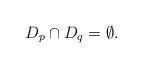
LaTeX: \begin{align*}D_p \cap D_q = \emptyset.\end{align*}